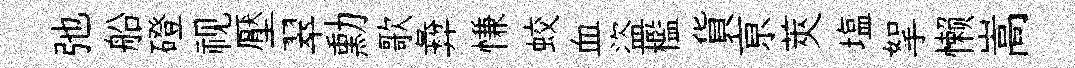
弛船磴视壓翠勳歌彜慊蛟血盜檻貨亰莢塩挐懒嵩